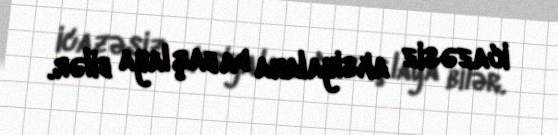
icazəsiz aksiyalara da başlaya bilər.